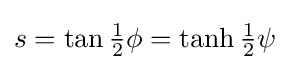
s=\tan {\tfrac {1}{2}}\phi =\tanh {\tfrac {1}{2}}\psi